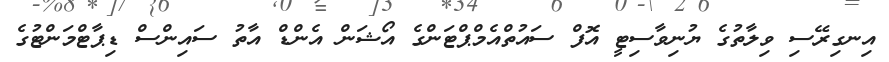
އިނގިރޭސި ވިލާތުގެ ޔުނިވާސިޓީ އޮފް ސައުތްއެމްޕްޓަންގެ އޯޝަން އެންޑް އާތު ސައިންސް ޑިޕާޓްމަންޓުގެ